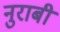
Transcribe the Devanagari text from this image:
नुराबी